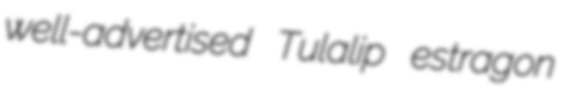
well-advertised Tulalip estragon